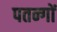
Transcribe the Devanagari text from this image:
पतन्‍गों